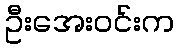
ဦးအေးဝင်းက